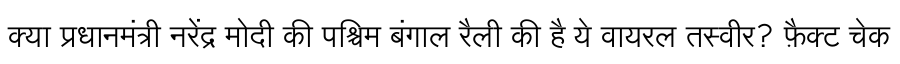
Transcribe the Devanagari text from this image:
क्या प्रधानमंत्री नरेंद्र मोदी की पश्चिम बंगाल रैली की है ये वायरल तस्वीर? फ़ैक्ट चेक